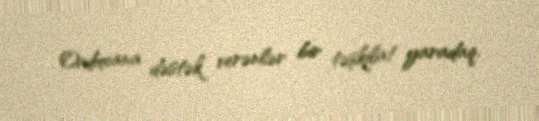
Orduxana dəstək verənlər bir təşkilat yaradaq.